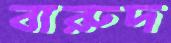
বারুদ